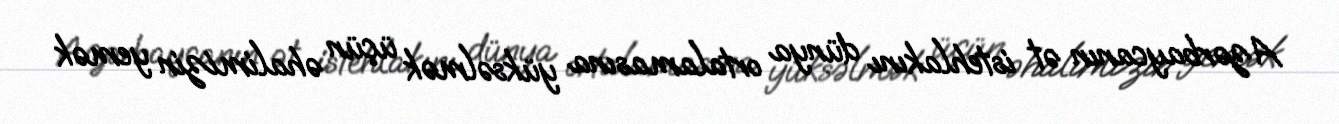
Azərbaycanın ət istehlakını dünya ortalamasına yüksəlmək üçün əhalimizin yemək